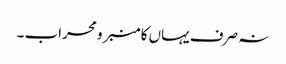
نہ صرف یہاں کا منبر و محراب ۔